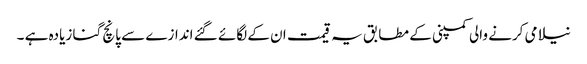
نیلامی کرنے والی کمپنی کے مطابق یہ قیمت ان کے لگائے گئے اندازے سے پانچ گنا زیادہ ہے ۔